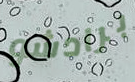
برادشو